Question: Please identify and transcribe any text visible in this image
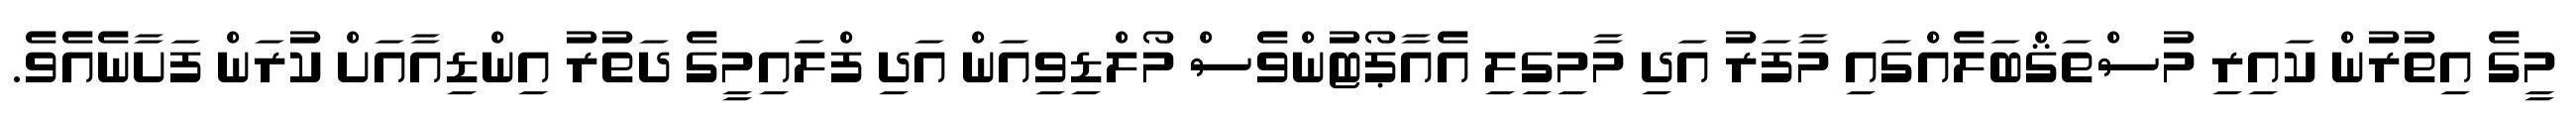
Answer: މީގެ އިތުރުން ކައިރި މުސްތަޤްބަލެއްގައި މާފަރު އަދި މާމިގިލި އެއާޕޯޓުންވެސް މޯލްޑިވިއަން އަދި ފްލައިމީގެ ދަތުރު އިންޑިއާއަށް ކުރަން ފަށާނެއެވެ.